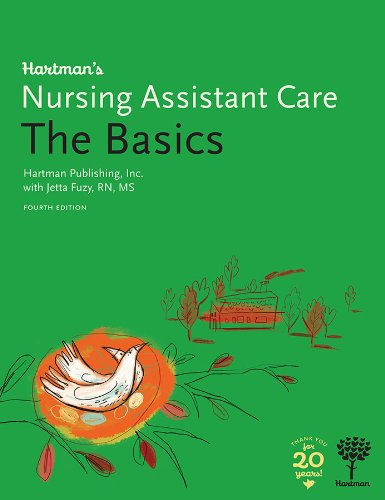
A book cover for Hartman's Nursing Assistant Care: The Basics, 4e; Hartman Publishing Inc.; Medical Books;